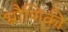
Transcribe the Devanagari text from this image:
भ्रौणिकी